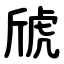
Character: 䖐